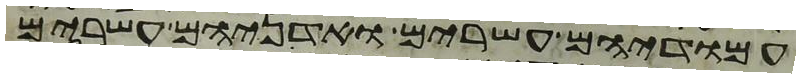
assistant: עמודיהם עשרים ואדניהם עשרים